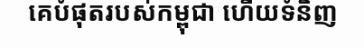
គេបំផុតរបស់កម្ពុជា ហើយទំនិញ